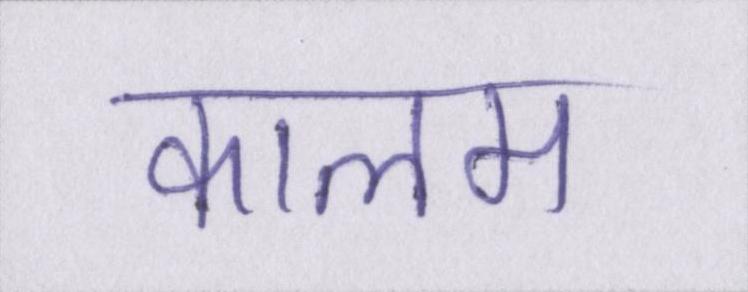
कालम